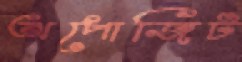
অপোজিট